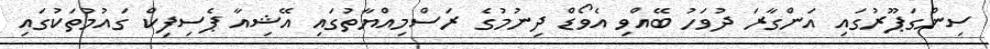
ސިންގަޕޫރުގައި އަންގާރަ ދުވަހު ބޭއްވި އެވޯޑް ދިނުމުގެ ރަސްމިއްޔާތުގައި އޭޝިއާ ޕެސިފިކް ގައުމުތަކުގައި